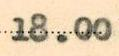
18.00